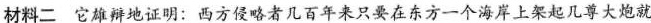
材料二它雄辩地证明：西方侵略者几百年来只要在东方一个海岸上架起几尊大炮就